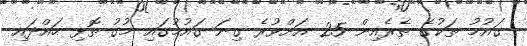
ގައުމު ތަކުގެ ތެރެއިން 25 އަށްވުރެ ގިނަ ގައުމުގައި މުގު ތޮޅި ހައްދައި